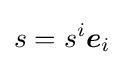
s=s^{i}{\boldsymbol {e}}_{i}